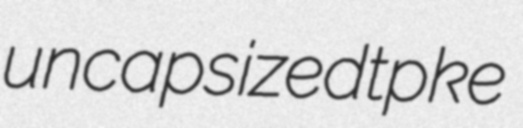
uncapsized tpke